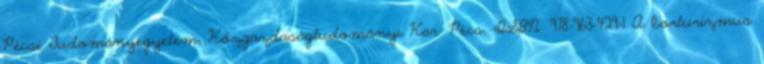
Pécsi Tudományegyetem, Közgazdaságtudományi Kar: Pécs. ISBN: 978-963-429-1 A borturizmus